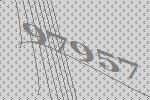
97957